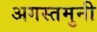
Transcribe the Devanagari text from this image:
अगस्‍तमुनी